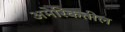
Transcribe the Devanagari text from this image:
अमेरिकतील